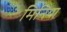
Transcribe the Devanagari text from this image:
मिनिया